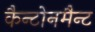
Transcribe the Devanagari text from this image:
कैन्टोनमैन्ट